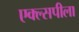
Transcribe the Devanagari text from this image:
एक्ल्सपीला